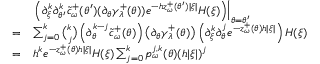
\begin{array} { r l } & { \left. \left( \partial _ { \xi } ^ { k } \partial _ { \theta ^ { \prime } } ^ { k } \tilde { c } _ { \omega } ^ { + } ( \theta ^ { \prime } ) ( \partial _ { \theta } \gamma _ { \lambda } ^ { + } ( \theta ) ) e ^ { - h z _ { \omega } ^ { + } ( \theta ^ { \prime } ) | \xi | } H ( \xi ) \right) \right| _ { \theta = \theta ^ { \prime } } } \\ { = } & { \sum _ { j = 0 } ^ { k } \binom { k } { j } \left( \partial _ { \theta } ^ { k - j } \tilde { c } _ { \omega } ^ { + } ( \theta ) \right) \left( \partial _ { \theta } \gamma _ { \lambda } ^ { + } ( \theta ) \right) \left( \partial _ { \xi } ^ { k } \partial _ { \theta } ^ { j } e ^ { - z _ { \omega } ^ { + } ( \theta ) h | \xi | } \right) H ( \xi ) } \\ { = } & { h ^ { k } e ^ { - z _ { \omega } ^ { + } ( \theta ) h | \xi | } H ( \xi ) \sum _ { j = 0 } ^ { k } p _ { \omega } ^ { j , k } ( \theta ) ( h | \xi | ) ^ { j } } \end{array}